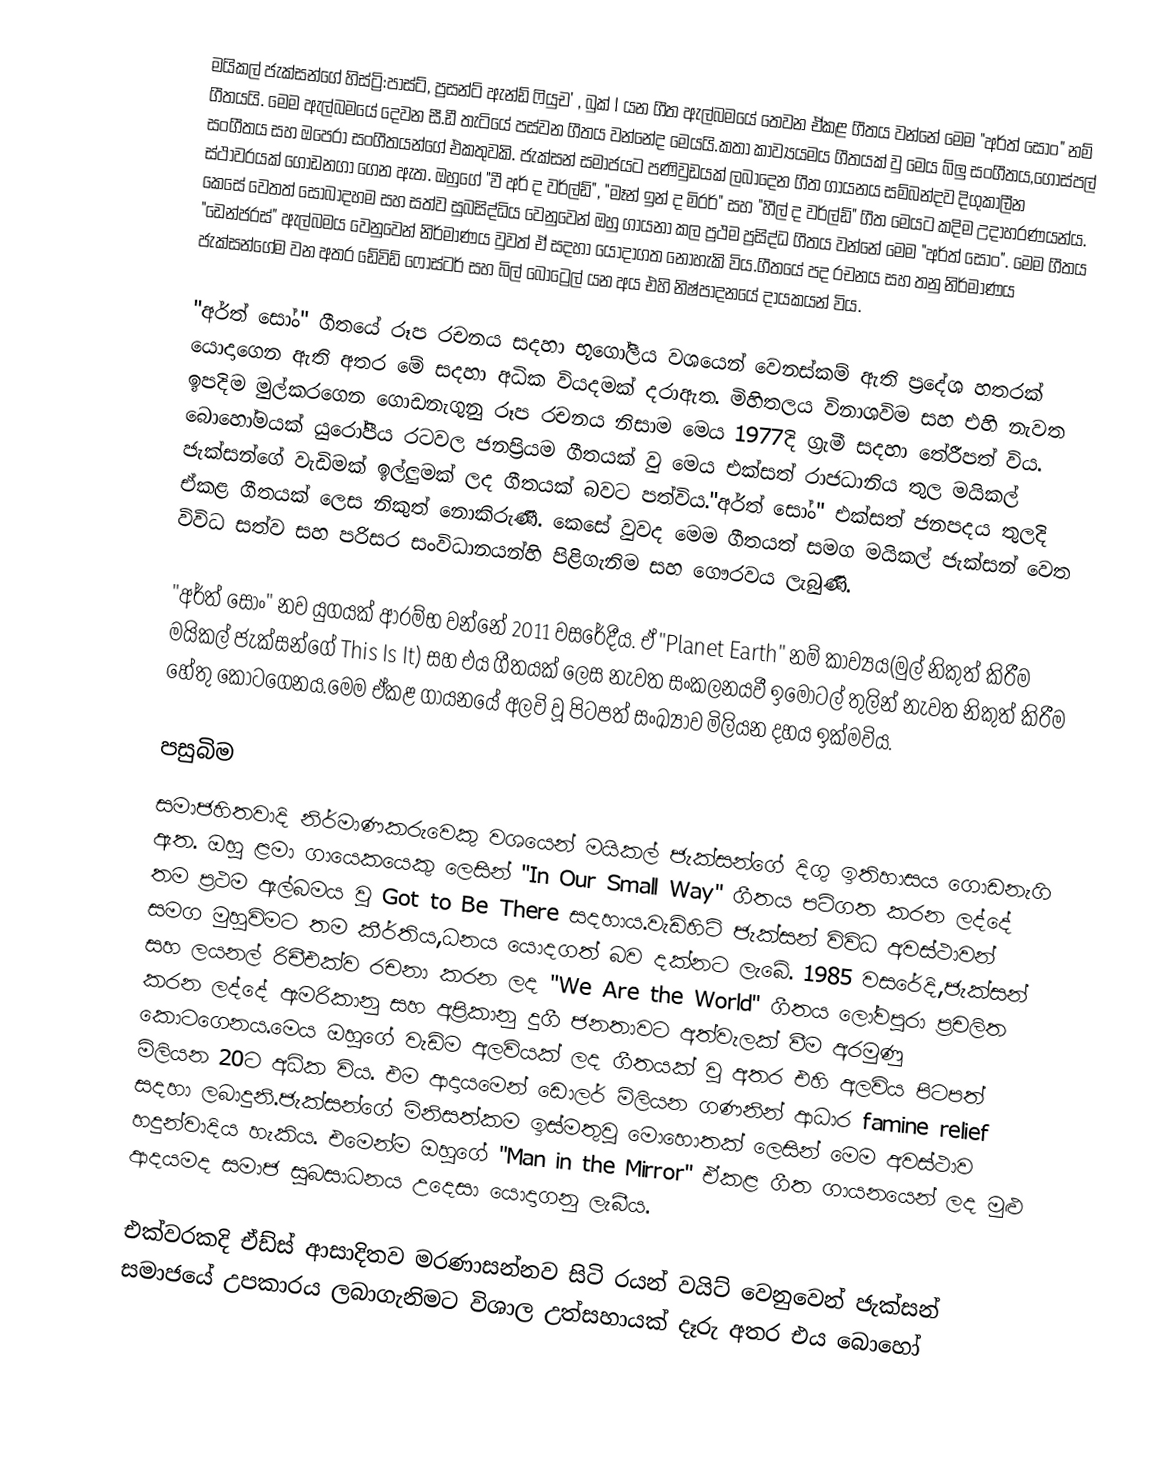
මයිකල් ජැක්සන්ගේ හිස්ට්‍රි:පාස්ට්, ප්‍රසන්ට් ඇන්ඩ් ෆියුච' , බුක් I යන ගීත ඇල්බමයේ තෙවන ඒකළ ගීතය වන්නේ මෙම "අර්ත් සෝං" නම් ගීතයයි.  මෙම ඇල්බමයේ දෙවන සී.ඩී තැටියේ පස්වන ගීතය වන්නේද මෙයයි.කතා කාව්‍යයමය ගීතයක් වු මෙය බ්ලු සංගීතය,ගොස්පල් සංගීතය සහ ඔපෙරා සංගීතයන්ගේ එකතුවකි. ජැක්සන් සමාජයට පණිවුඩයක් ලබාදෙන ගීත ගායනය සම්බන්දව දිගුකාලීන ස්ථාවරයක් ගොඩනගා ගෙන ඇත. ඔහුගේ "වී අර් ද වර්ල්ඩ්", "මෑන් ඉන් ද මිරර්" සහ "හීල් ද වර්ල්ඩ්" ගීත මෙයට කදිම උදාහරණයන්ය. කෙසේ වෙතත් සොබාදහම සහ සත්ව සුබසිද්ධිය වෙනුවෙන් ඔහු ගායනා කල ප්‍රථම ප්‍රසිද්ධ ගීතය වන්නේ මෙම "අර්ත් සෝං".  මෙම ගීතය "ඩෙන්ජරස්" ඇල්බමය වෙනුවෙන් නිර්මාණය වුවත් ඒ සදහා යොදාගත නොහැකි විය.ගීතයේ පද රචනය සහ තනු නිර්මාණය ජැක්සන්ගේම වන අතර ඩේවිඩ් ෆොස්ටර් සහ බිල් බොට්‍රෙල් යන අය එහි නිෂ්පාදනයේ දායකයන් විය.

"අර්ත් සෝං" ගීතයේ රූප රචනය සදහා භූගෝලීය වශයෙන් වෙනස්කම් ඇති ප්‍රදේශ හතරක් යොදාගෙන ඇති අතර මේ සදහා අධික වියදමක් දරාඇත. මිහිතලය විනාශවිම සහ එහි නැවත ඉපදිම මුල්කරගෙන ගොඩනැගුනු රූප රචනය නිසාම මෙය 1977දි ග්‍රැමී සදහා තේරීපත් විය. බොහෝමයක් යුරෝපීය රටවල ජනප්‍රියම ගීතයක් වු මෙය එක්සත් රාජධානිය තුල මයිකල් ජැක්සන්ගේ වැඩිමක් ඉල්ලුමක් ලද ගීතයක් බවට පත්විය."අර්ත් සෝං" එක්සත් ජනපදය තුලදි ඒකළ ගීතයක් ලෙස නිකුත් නොකිරුණී. කෙසේ වුවද මෙම ගීතයත් සමග මයිකල් ජැක්සන් වෙත විවිධ සත්ව සහ පරිසර සංවිධානයන්හි පිළිගැනිම සහ ගෞරවය ලැබුණි.

"අර්ත් සෝං" නව යුගයක් ආරම්භ වන්නේ 2011 වසරේදීය. ඒ "Planet Earth" නම් කාව්‍යය(මුල් නිකුත් කිරීම මයිකල් ජැක්සන්ගේ This Is It) සහ එය ගීතයක් ලෙස නැවත සංකලනයවී ඉමෝටල් තුලින් නැවත නිකුත් කිරීම හේතු කොටගෙනය.මෙම ඒකළ ගායනයේ අලවි වූ පිටපත් සංඛ්‍යාව මිලියන දහය ඉක්මවිය.

පසුබිම
සමාජහිතවාදි නිර්මාණකරුවෙකු වශයෙන් මයිකල් ජැක්සන්ගේ දිගු ඉතිහාසය ගොඩනැගි ඇත. ඔහු ළමා ගායෙකයෙකු ලෙසින් "In Our Small Way" ගීතය පටිගත කරන ලද්දේ තම ප්‍රථම ඇල්බමය වු Got to Be There සදහාය.වැඩිහිටි ජැක්සන් විවිධ අවස්ථාවන් සමග මුහුවිමට තම කීර්තිය,ධනය යොදගත් බව දක්නට ලැබේ. 1985 වසරේදි,ජැක්සන් සහ ලයනල් රිචීඑක්ව රචනා කරන ලද "We Are the World" ගීතය ලෝවපුරා ප්‍රචලිත කරන ලද්දේ ඇමරිකානු සහ අප්‍රිකානු දුගී ජනතාවට අත්වැලක් වීම අරමුණු කොටගෙනය.මෙය ඔහුගේ වැඩිම අලවියක් ලද ගීතයක් වු අතර එහි අලවිය පිටපත් මිලියන 20ට අධික විය. එම ආදායමෙන් ඩොලර් මිලියන ගණනින් ආධාර famine relief සදහා ලබාදුනි.ජැක්සන්ගේ මිනිසත්කම ඉස්මතුවු මොහොතක් ලෙසින් මෙම අවස්ථාව හදුන්වාදිය හැකිය. එමෙන්ම ඔහුගේ "Man in the Mirror" ඒකළ ගීත ගායනයෙන් ලද මුළු ආදයමද සමාජ සුබසාධනය උදෙසා යොදාගනු ලැබීය.

එක්වරකදි ඒඩ්ස් ආසාදිතව මරණාසන්නව සිටි රයන් වයිට් වෙනුවෙන් ජැක්සන් සමාජයේ උපකාරය ලබාගැනිමට විශාල උත්සහායක් දෑරු අතර එය බොහෝ